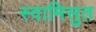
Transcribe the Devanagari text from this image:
स्वामिसुत